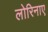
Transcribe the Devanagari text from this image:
लोरिनाए